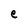
Character: e